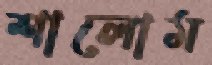
শালোম